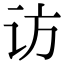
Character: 访